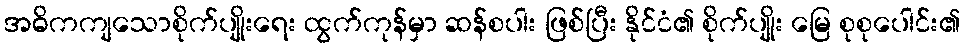
အဓိကကျသောစိုက်ပျိုးရေး ထွက်ကုန်မှာ ဆန်စပါး ဖြစ်ပြီး နိုင်ငံ၏ စိုက်ပျိုး မြေ စုစုပေါင်း၏